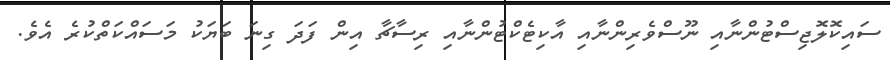
ސައިކޮލޮޖިސްޓުންނާއި ނޫސްވެރިންނާއި އާކިޓެކްޓުންނާއި ރިސާޗާ އިން ފަދަ ގިނަ ބަޔަކު މަސައްކަތްކުރެ އެވެ.